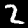
Digit: 2